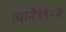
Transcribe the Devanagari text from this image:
त्याने१९८३